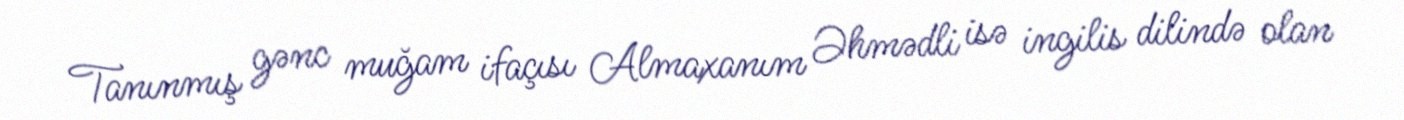
Tanınmış gənc muğam ifaçısı Almaxanım Əhmədli isə ingilis dilində olan